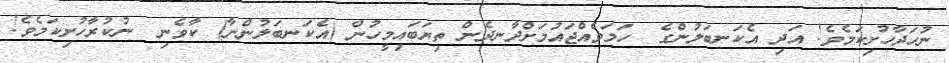
ނުހަދާހުށިކަމެވެ! އަދި އެކަނބަލުންގެ  ހަމަވެއްޖައުމަށްދާނދެން ތިޔަބައިމީހުން (އެކަނބަލުންނާ) ކާވެނި  ނުކުރާހުށިކަމެވެ!